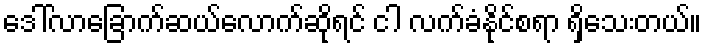
ဒေါ်လာခြောက်ဆယ်လောက်ဆိုရင် ငါ လက်ခံနိုင်စရာ ရှိသေးတယ်။